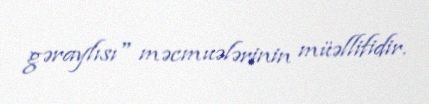
gəraylısı" məcmuələrinin müəllifidir.